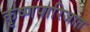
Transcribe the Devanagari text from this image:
कृष्णपारिजात